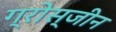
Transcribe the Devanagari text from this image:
ग्रोस्जीन